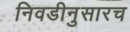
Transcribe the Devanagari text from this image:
निवडीनुसारच